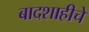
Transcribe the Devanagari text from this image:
बादशाहीचे